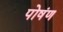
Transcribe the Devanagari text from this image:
पोषंण